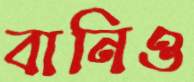
বানিও